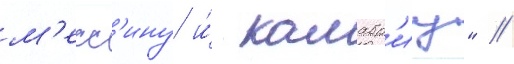
м'есс'ину и́ калабр'иу" //